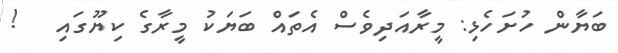
ބަޔާން ހުށަހެޅި: މީރާއަދިވެސް އެތައް ބަޔަކު މީރާގެ ކިޔޫގައި   !